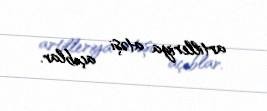
artilleriya atəşi açıblar.